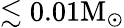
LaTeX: \lesssim 0.01\mathrm{M_{\odot}}